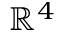
\mathbb { R } ^ { 4 }